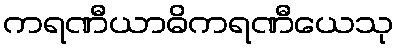
ကရဏီယာဓိကရဏီယေသု